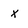
Character: x